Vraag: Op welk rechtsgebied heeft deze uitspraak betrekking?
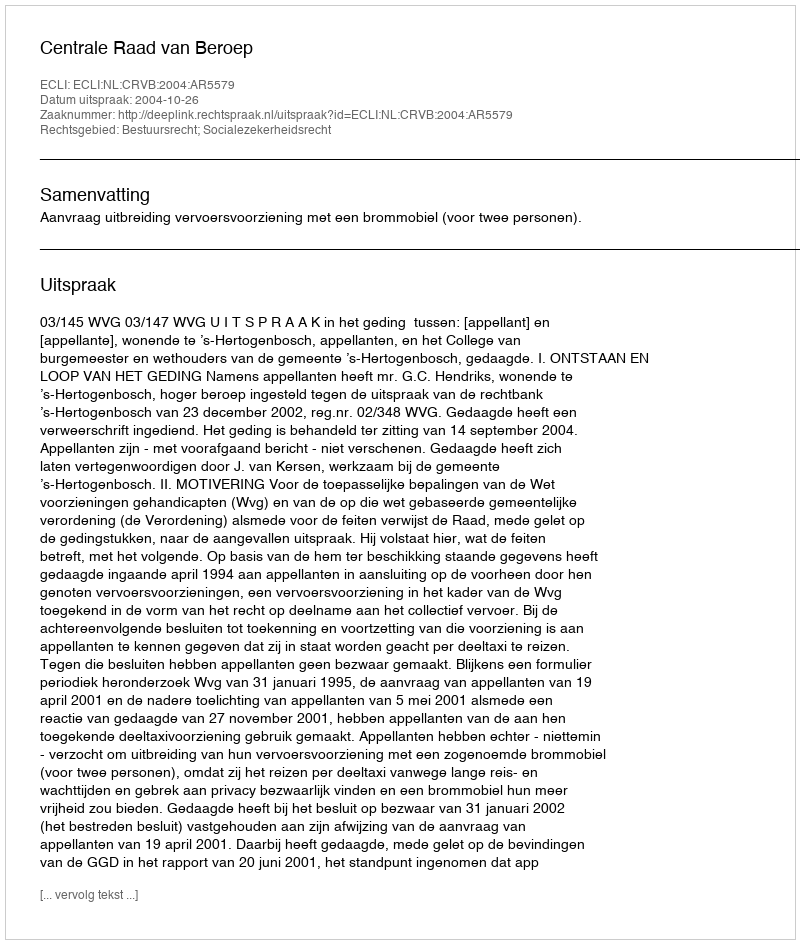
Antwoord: Bestuursrecht; Socialezekerheidsrecht